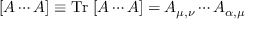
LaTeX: [ A \cdots A ] \equiv \mathrm { T r } \; [ A \cdots A ] = A _ { \mu , \nu } \cdots A _ { \alpha , \mu }